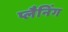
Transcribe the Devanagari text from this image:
प्लैनिंग